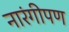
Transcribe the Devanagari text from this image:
नारंगीपण